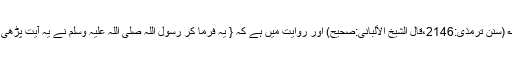
۱؎ (سنن ترمذی:2146،قال الشیخ الألبانی:صحیح) اور روایت میں ہے کہ { یہ فرما کر رسول اللہ صلی اللہ علیہ وسلم نے یہ آیت پڑھی } ۔